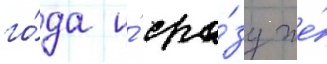
го́да и́ сра́зу же́